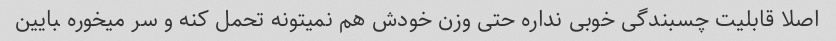
اصلا قابلیت چسبندگی خوبی نداره حتی وزن خودش هم نمیتونه تحمل کنه و سر میخوره ‍‍بایین